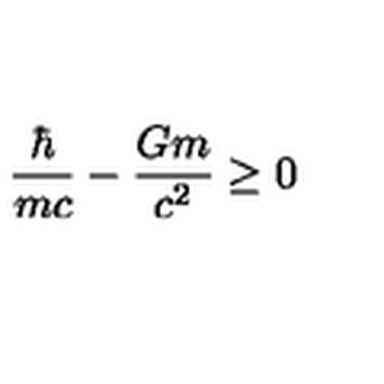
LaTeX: \frac { \hbar } { m c } - \frac { G m } { c ^ { 2 } } \geq 0